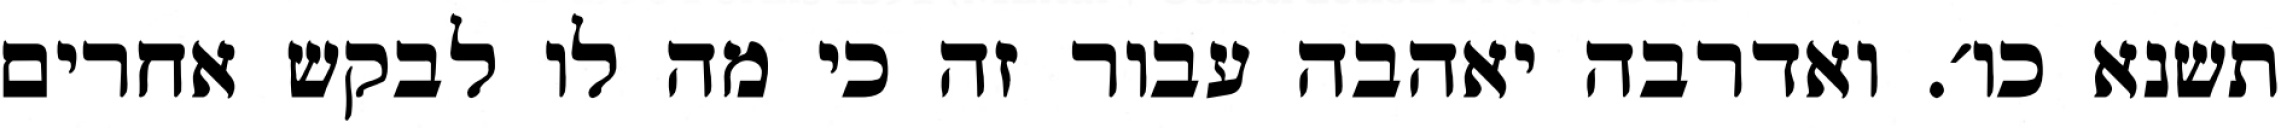
תשנא כו׳. ואדרבה יאהבה עבור זה כי מה לו לבקש אחרים